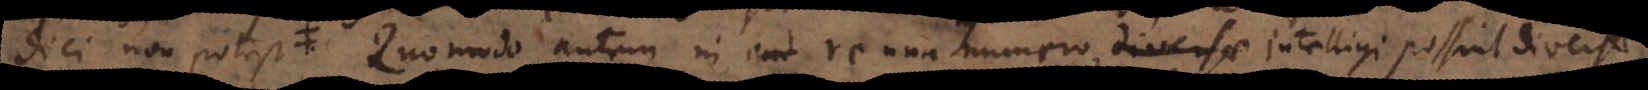
dici non potest. Quomodo autem in ead re una numero, intelligi possint diver